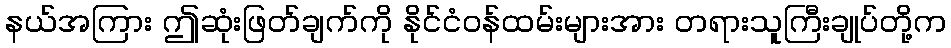
နယ်အကြား ဤဆုံးဖြတ်ချက်ကို နိုင်ငံဝန်ထမ်းများအား တရားသူကြီးချုပ်တို့က